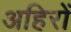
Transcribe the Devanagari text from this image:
अहिरों